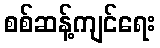
စစ်ဆန့်ကျင်ရေး